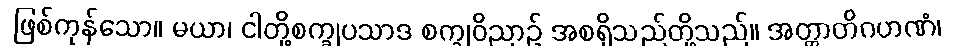
ဖြစ်ကုန်သော။ မယာ၊ ငါတို့စက္ခုပသာဒ စက္ခုဝိညာဉ် အစရှိသည်တို့သည်။ အတ္တာတိဂဟဏံ၊